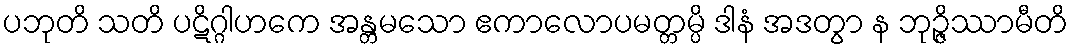
ပဘုတိ သတိ ပဋိဂ္ဂါဟကေ အန္တမသော ဧကာလောပမတ္တမ္ပိ ဒါနံ အဒတွာ န ဘုဉ္ဇိဿာမီတိ